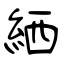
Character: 絤